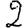
Digit: 2